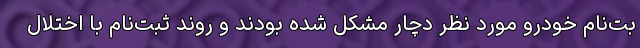
بت‌نام خودرو مورد نظر دچار مشکل شده بودند و روند ثبت‌نام با اختلال